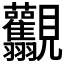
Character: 𧢯